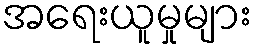
အရေးယူမှုများ